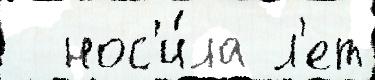
  нос'и́ла л'ет